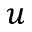
u